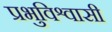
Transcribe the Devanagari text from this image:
प्रभुविश्वासी